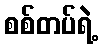
စစ်တပ်ရဲ့